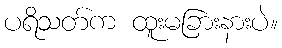
ပရိသတ်က ထူးမခြားနားပဲ။